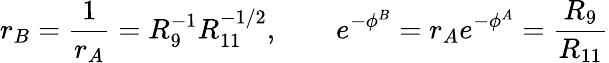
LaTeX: {r_{B}={\frac{1}{r_{A}}}=R_{9}^{-1}R_{11}^{-1/2},\qquad e^{-\phi^{B}}=r_{A}e^{-\phi^{A}}={\frac{R_{9}}{R_{11}}}}